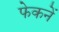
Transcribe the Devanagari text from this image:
फेकनें